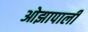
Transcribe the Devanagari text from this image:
ओझापाली